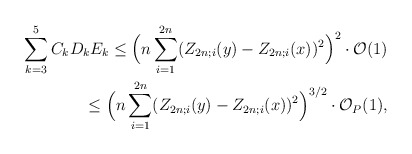
\begin{align*} \sum_{k=3}^5 C_k D_k E_k \leq \Big( n \sum_{i=1}^{2n} (Z_{2n;i}(y) - Z_{2n;i}(x))^2 \Big)^2 \cdot \mathcal{O}(1) \\ \leq \Big( n \sum_{i=1}^{2n} (Z_{2n;i}(y) - Z_{2n;i}(x))^2 \Big)^{3/2} \cdot \mathcal{O}_P(1), \end{align*}